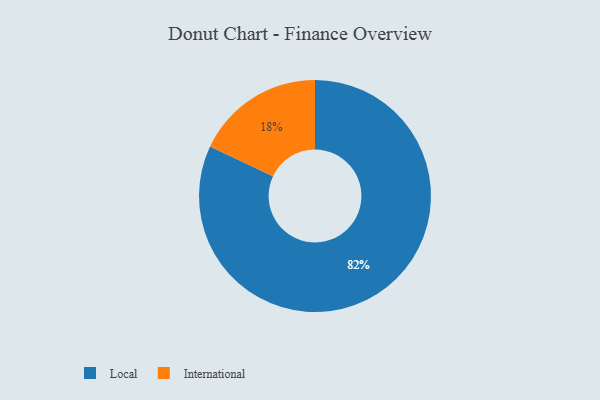
{"axis": {"x": "Category", "y": "Percentage"}, "legend": ["International", "Local"], "data": [{"x": "International", "y": 18, "type": "International"}, {"x": "Local", "y": 82, "type": "Local"}]}